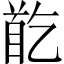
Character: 𩠓